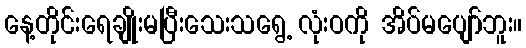
နေ့တိုင်းရေချိုးမပြီးသေးသရွေ့ လုံးဝကို အိပ်မပျော်ဘူး။